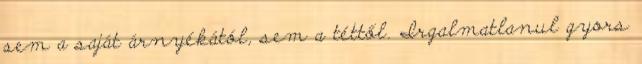
sem a saját árnyékától, sem a téttől. Irgalmatlanul gyors